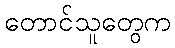
တောင်သူတွေက